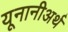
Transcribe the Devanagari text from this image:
यूनानीअर्थ